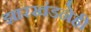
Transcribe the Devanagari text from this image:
झारखंडनेही